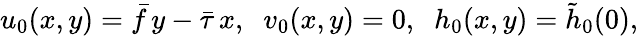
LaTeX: u_{0}(x,y)=\bar{f}\, y-\bar{\tau}\, x,\; \; v_{0}(x,y)=0,\; \; h_{0}(x,y)=\tilde{h}_{0}(0),